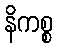
နိကစ္စ